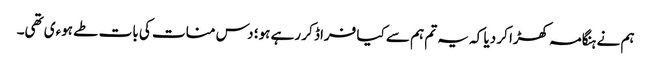
ہم نے ہنگامہ کھڑا کر دیا کہ یہ تم ہم سے کیا فراڈ کر رہے ہو؛ دس منات کی بات طے ہوءی تھی۔